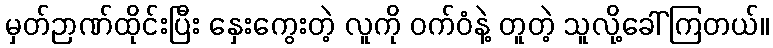
မှတ်ဉာဏ်ထိုင်းပြီး နှေးကွေးတဲ့ လူကို ဝက်ဝံနဲ့ တူတဲ့ သူလို့ခေါ်ကြတယ်။